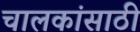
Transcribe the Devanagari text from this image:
चालकांसाठी